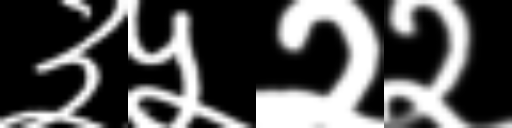
Text: ३५२२